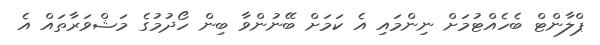
ޕްލާންޓް ބެހެއްޓުމަށް ނިންމައި އެ ކަމަށް ބޭނުންވާ ބިން ހޯދުމުގެ މަޝްވަރާތައް އެ